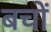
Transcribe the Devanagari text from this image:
बचों